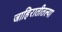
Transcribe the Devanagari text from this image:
जाहिरातीतल्या